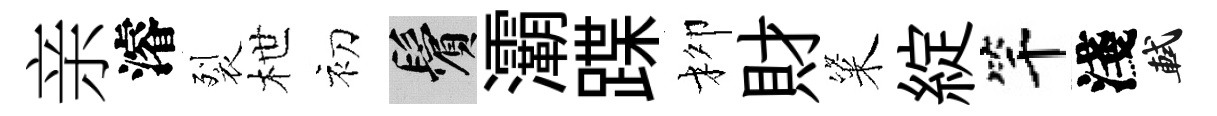
亲濬裂枻初鬢灞蹀柳財粢綻竿淺軾